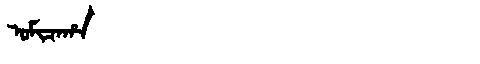
Manchu: ᠣᠮᡳᠴᠠᡥᠠ
Romanization: OMICAHA